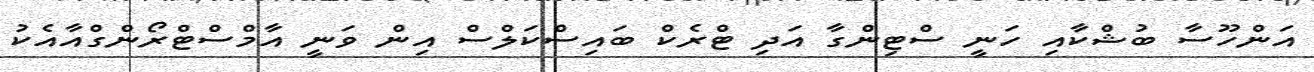
އަންހޫސާ ބުޝްކާއި ހަނީ ސްޓިންގާ އަދި ޓްރެކް ބައިސްކަލްސް އިން ވަނީ އާމްސްޓްރޯންގްއާއެކު